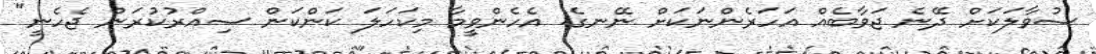
ސުވާލަކަށް ދޭނެ ޖަވާބެއް އަހަރެންނަކަށް ނޭނގެ. އެހެންވީމާ މިކަހަލަ ކަންކަން ސިއްރުކުރަން ޖެހެނީ"